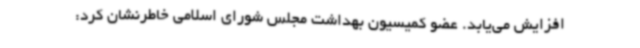
افزایش می‌یابد. عضو کمیسیون بهداشت مجلس شورای اسلامی خاطرنشان کرد: